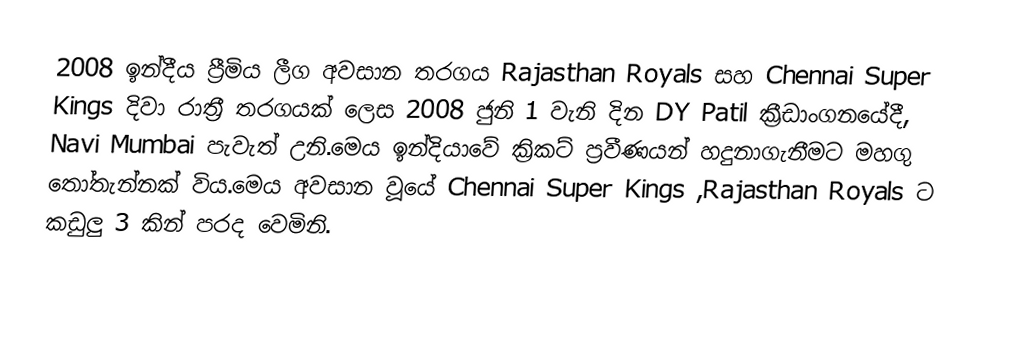
2008 ඉන්දීය ප්‍රීමිය ලීග අවසාන තරගය Rajasthan Royals සහ Chennai Super Kings දිවා රාත්‍රී තරගයක් ලෙස 2008 ජුනි 1 වැනි දින DY Patil ක්‍රීඩාංගනයේදී, Navi Mumbai පැවැත් උනි.මෙය ඉන්දියාවේ ක්‍රිකට් ප්‍රවීණයන් හදුනාගැනීමට මහගු තෝතැන්නක් විය.මෙය අවසාන වූයේ Chennai Super Kings ,Rajasthan Royals  ට කඩුලු 3 කින් පරද වෙමිනි.